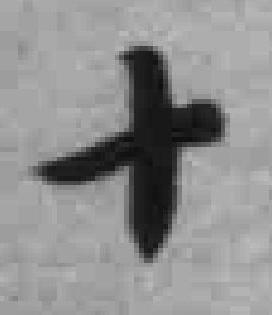
十